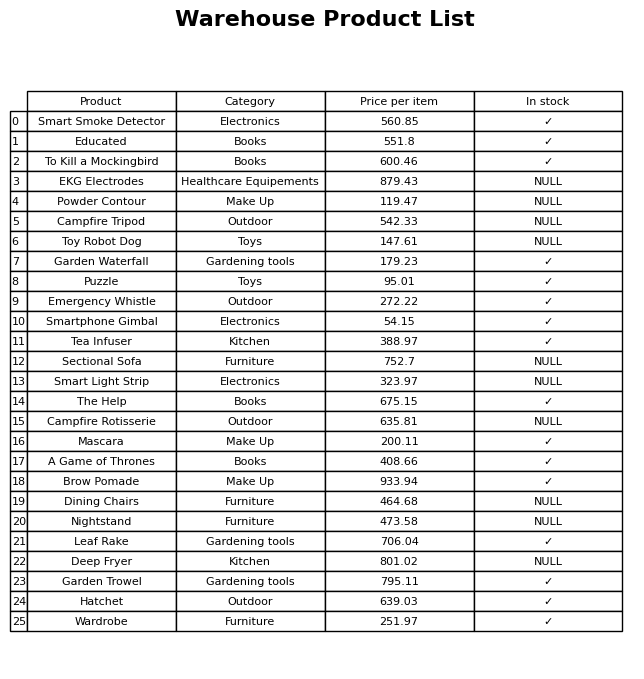
question: What is the price of the EKG Electrodes?
answer: The price of EKG Electrodes is 879.43.